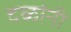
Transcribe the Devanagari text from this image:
दळांनी